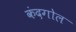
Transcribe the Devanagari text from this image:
कंदगोल